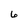
Character: 6